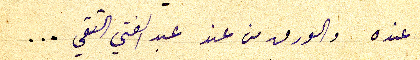
عنده والورق من عند عبد الفتي التقي...